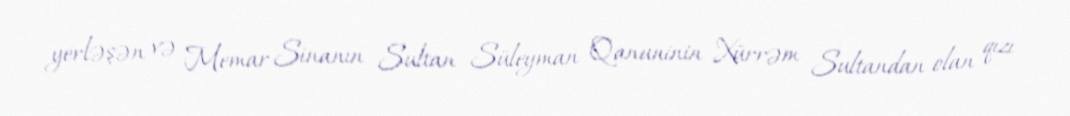
yerləşən və Memar Sinanın Sultan Süleyman Qanuninin Xürrəm Sultandan olan qızı